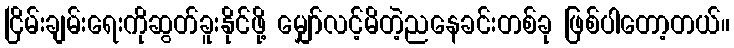
ငြိမ်းချမ်းရေးကိုဆွတ်ခူးနိုင်ဖို့ မျှော်လင့်မိတဲ့ညနေခင်းတစ်ခု ဖြစ်ပါတော့တယ်။